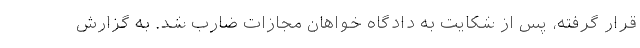
قرار گرفته، پس از شکایت به دادگاه خواهان مجازات ضارب شد. به گزارش